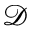
\mathcal { D }